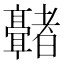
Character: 𬴢